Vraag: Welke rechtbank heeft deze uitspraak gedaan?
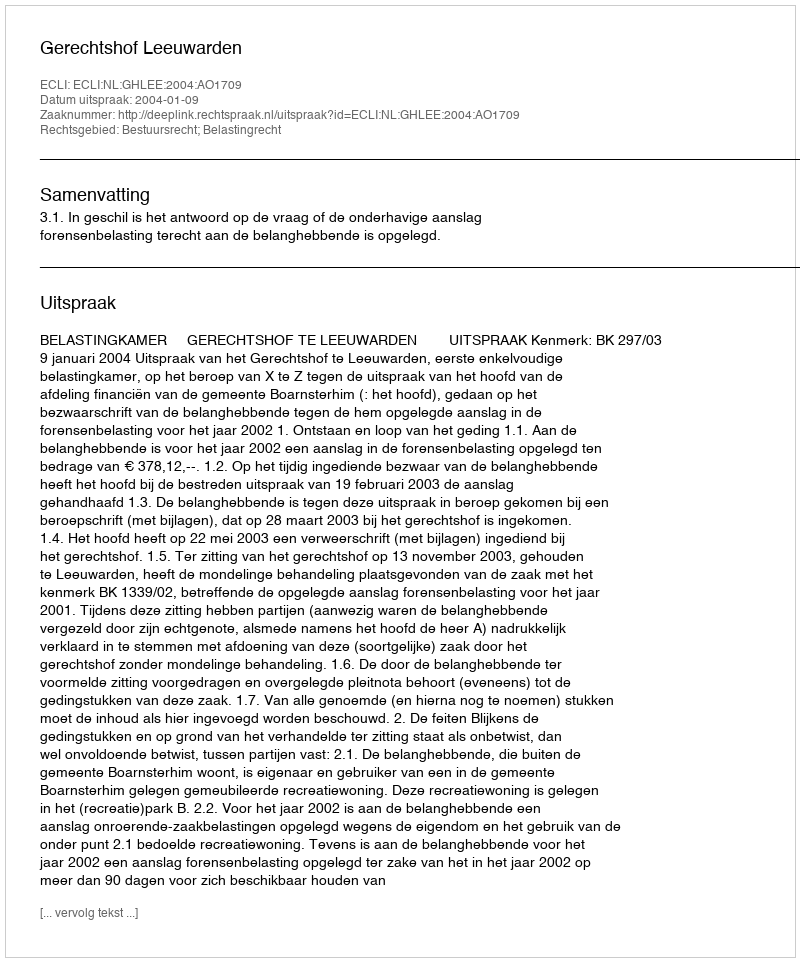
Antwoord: Gerechtshof Leeuwarden